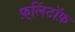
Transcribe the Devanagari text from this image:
फ़्लिंटॉफ़